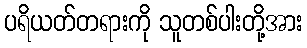
ပရိယတ်တရားကို သူတစ်ပါးတို့အား